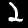
Digit: 2